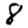
Digit: 8